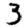
Digit: 3